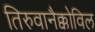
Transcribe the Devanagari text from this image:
तिरुवानैक्कोविल